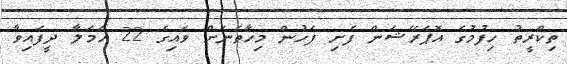
ތިކްރީތު ހިފުމުގެ އޮޕަރޭޝަން ފެށި ފަހުން މިހާތަނަށް ވައިގެ 22 ހަމަލާ ދީފައިވާ